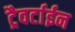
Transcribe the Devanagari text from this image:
ट्रैवर्टाईन